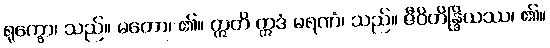
ရုက္ခော၊ သည်။ မတော၊ ၏။ ဣတိ ဣဒံ မရဏံ၊ သည်။ ဇီဝိတိန္ဒြိယဿ၊ ၏။